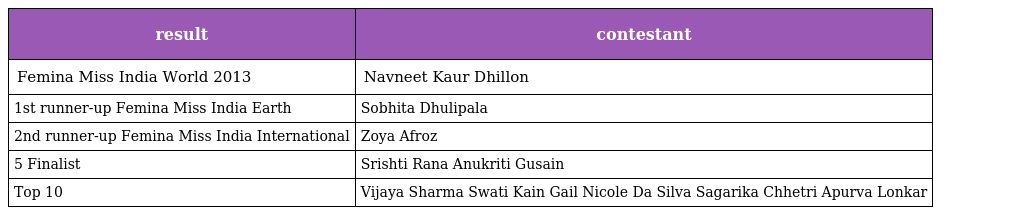
| result | contestant |
 | --- | --- |
 | Femina Miss India World 2013 | Navneet Kaur Dhillon |
 | 1st runner-up Femina Miss India Earth | Sobhita Dhulipala |
 | 2nd runner-up Femina Miss India International | Zoya Afroz |
 | 5 Finalist | Srishti Rana Anukriti Gusain |
 | Top 10 | Vijaya Sharma Swati Kain Gail Nicole Da Silva Sagarika Chhetri Apurva Lonkar |